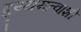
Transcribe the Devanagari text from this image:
दुय्यमत्वाशी